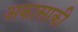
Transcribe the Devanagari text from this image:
अकासाकी